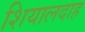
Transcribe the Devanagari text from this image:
शियालदाह